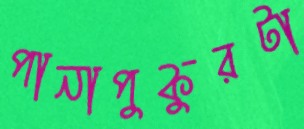
পানাপুকুরটা